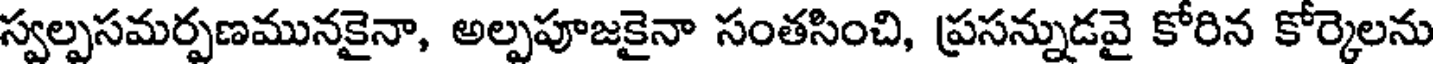
స్వల్పసమర్పణమునకైనా, అల్పపూజకైనా సంతసించి, ప్రసన్నుడవై కోరిన కోర్కెలను